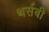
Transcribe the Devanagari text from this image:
थर्सबी